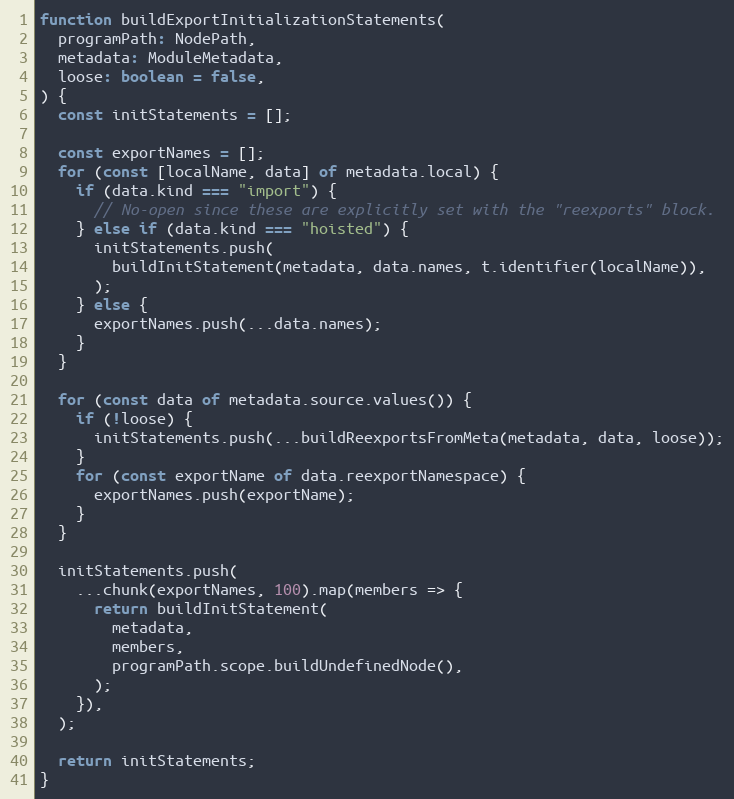
Language: JavaScript
function buildExportInitializationStatements(
  programPath: NodePath,
  metadata: ModuleMetadata,
  loose: boolean = false,
) {
  const initStatements = [];

  const exportNames = [];
  for (const [localName, data] of metadata.local) {
    if (data.kind === "import") {
      // No-open since these are explicitly set with the "reexports" block.
    } else if (data.kind === "hoisted") {
      initStatements.push(
        buildInitStatement(metadata, data.names, t.identifier(localName)),
      );
    } else {
      exportNames.push(...data.names);
    }
  }

  for (const data of metadata.source.values()) {
    if (!loose) {
      initStatements.push(...buildReexportsFromMeta(metadata, data, loose));
    }
    for (const exportName of data.reexportNamespace) {
      exportNames.push(exportName);
    }
  }

  initStatements.push(
    ...chunk(exportNames, 100).map(members => {
      return buildInitStatement(
        metadata,
        members,
        programPath.scope.buildUndefinedNode(),
      );
    }),
  );

  return initStatements;
}